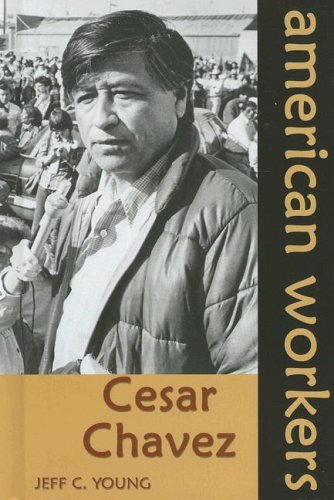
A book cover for Cesar Chavez (American Workers); Jeff C. Young; Teen & Young Adult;